65_HS1-834228961_62-HQ-83894_Section_5
Agency: FBI
Page 131
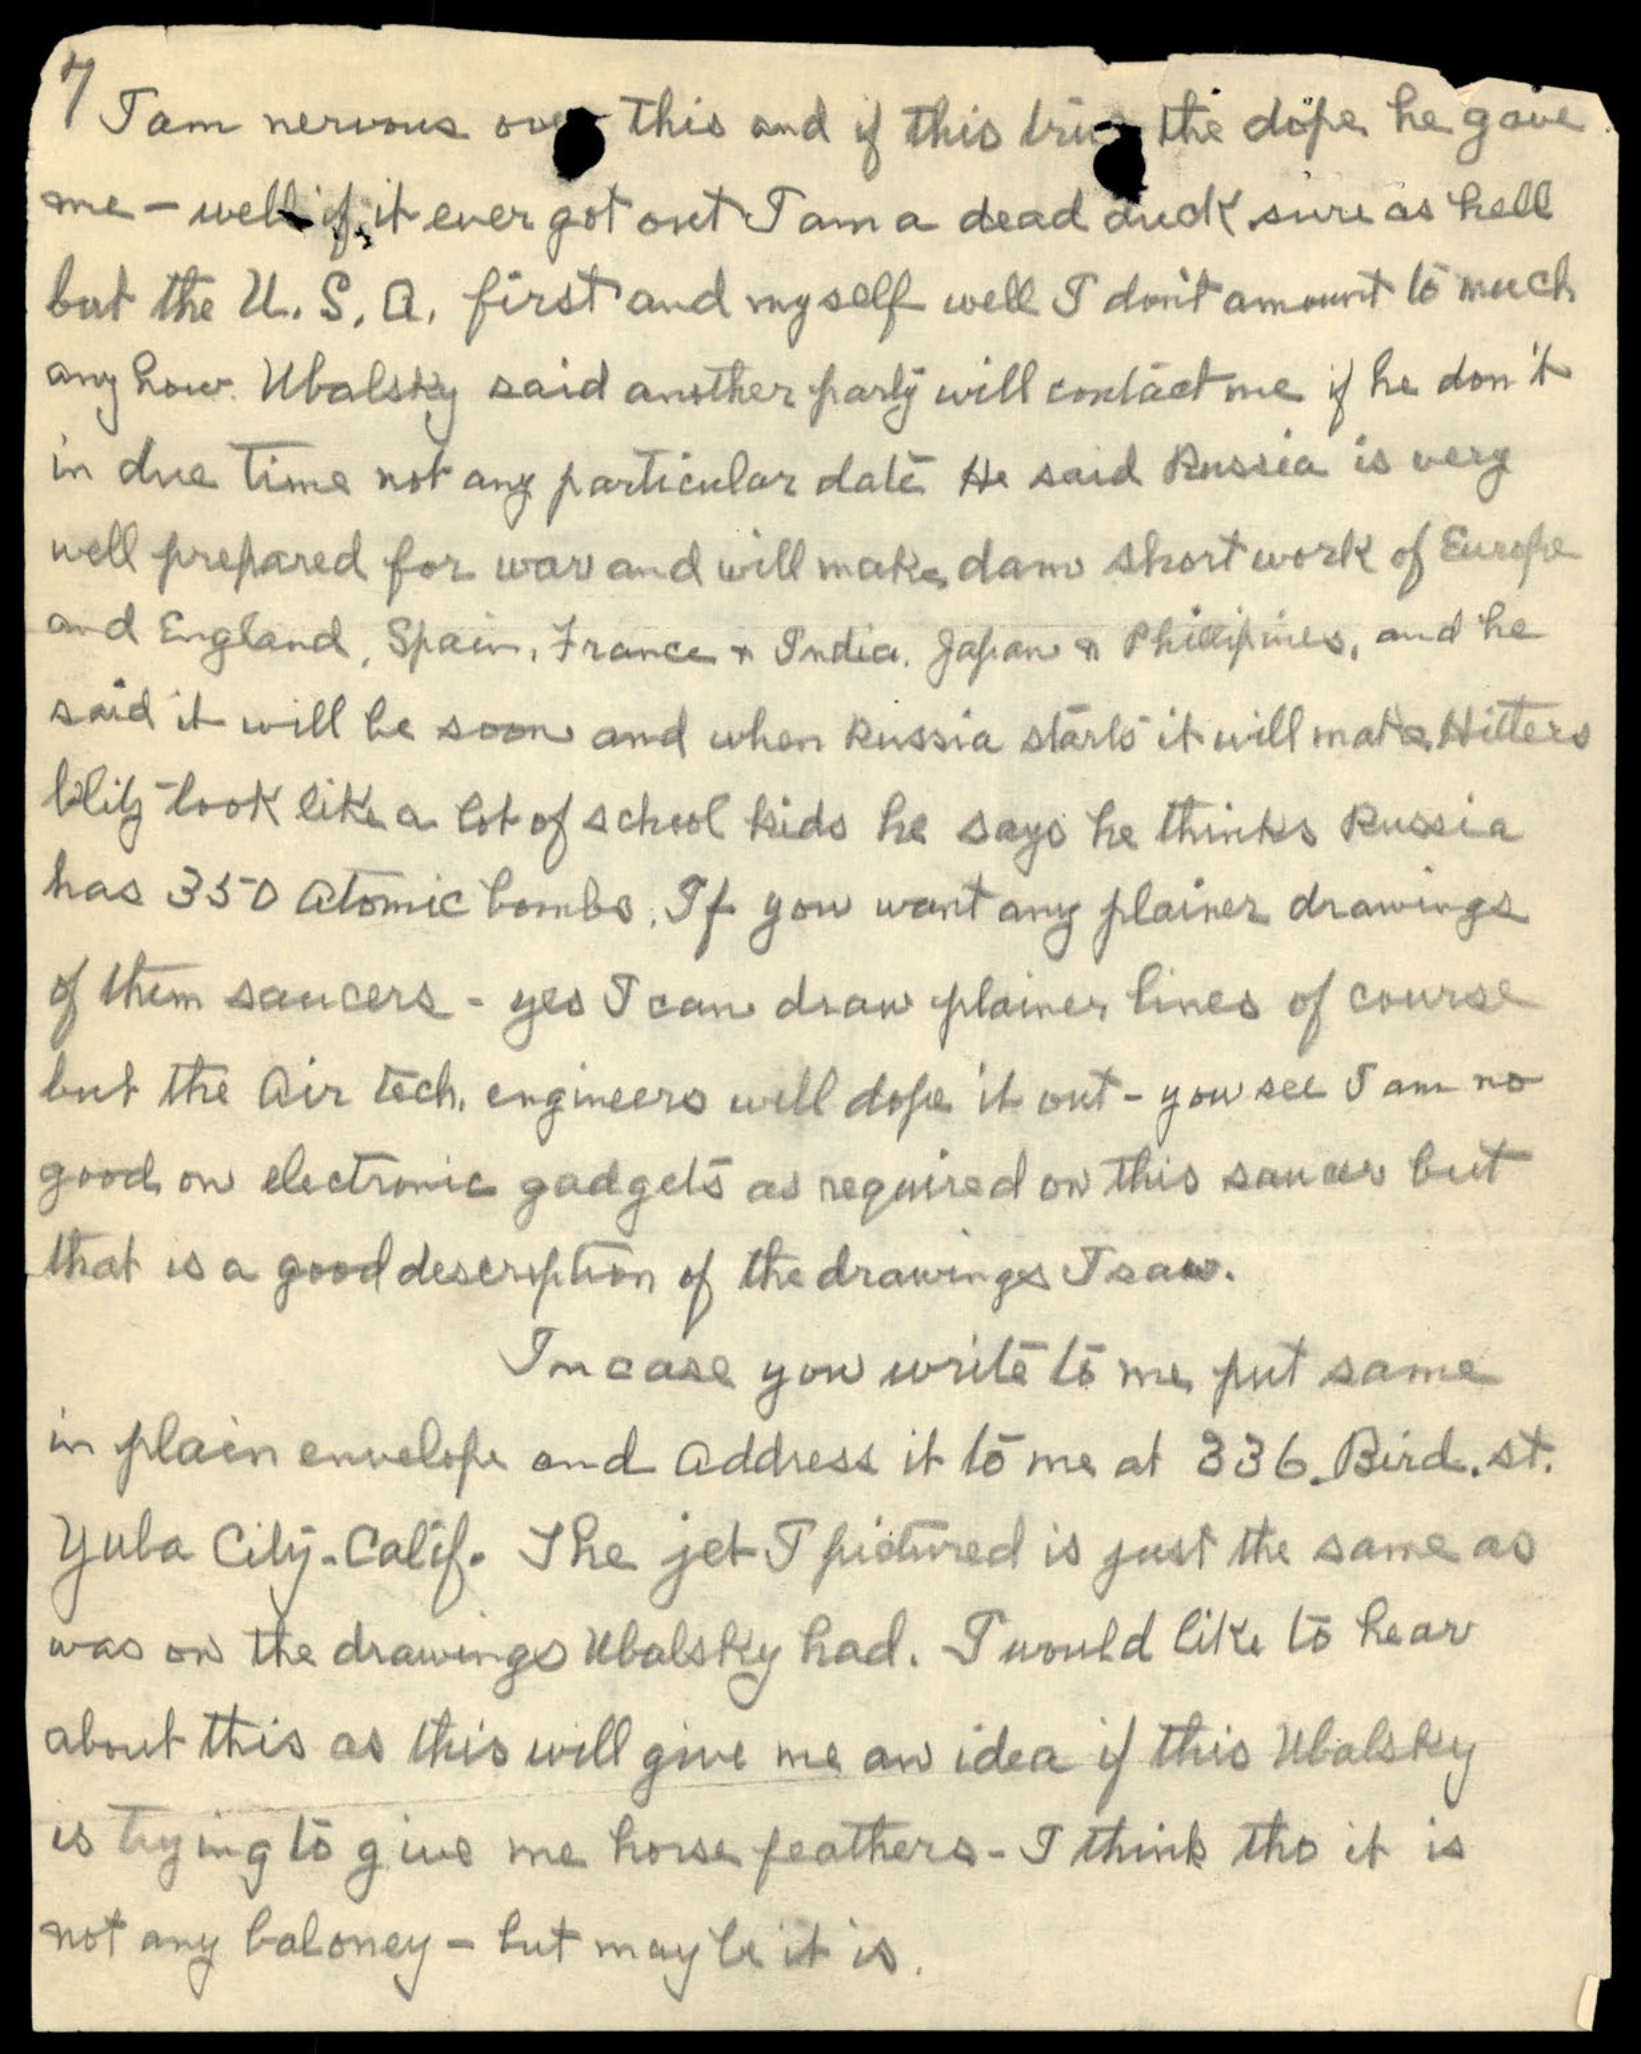